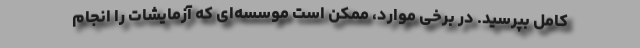
کامل بپرسید. در برخی موارد، ممکن است موسسه‌ای که آزمایشات را انجام